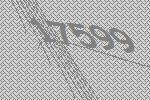
17599